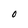
Character: 0